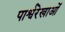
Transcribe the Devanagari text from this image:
पार्श्वरेखाओं